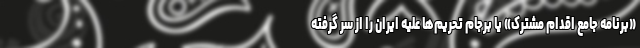
«برنامه جامع اقدام مشترک» یا برجام تحریم‌ها علیه ایران را از سر گرفته